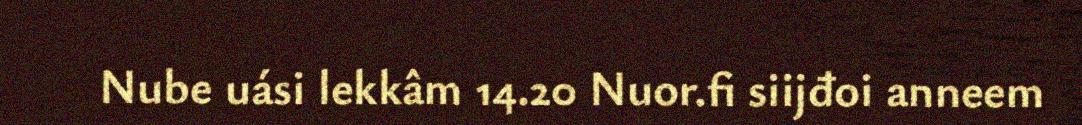
Nube uási lekkâm 14.20 Nuor.fi siijđoi anneem